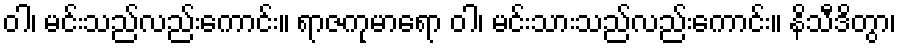
ဝါ၊ မင်းသည်လည်းကောင်း။ ရာဇကုမာရော ဝါ၊ မင်းသားသည်လည်းကောင်း။ နိသီဒိတွာ၊